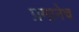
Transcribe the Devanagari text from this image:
प्रमानेच